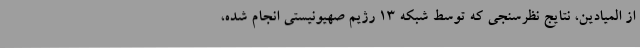
از المیادین، نتایج نظرسنجی که توسط شبکه 13 رژیم صهیونیستی انجام شده،